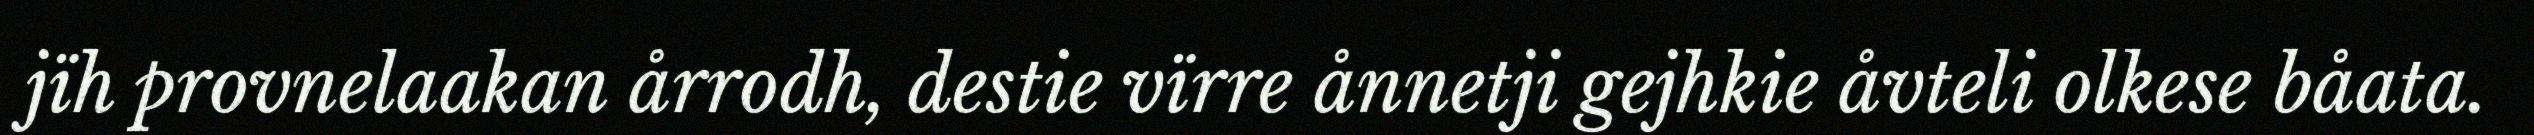
jïh provnelaakan årrodh, destie vïrre ånnetji gejhkie åvteli olkese båata.